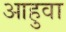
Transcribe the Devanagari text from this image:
आहुवा